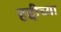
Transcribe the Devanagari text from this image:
हद्दीच्या